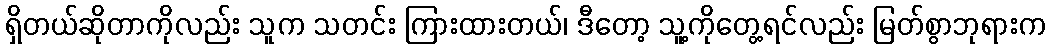
ရှိတယ်ဆိုတာကိုလည်း သူက သတင်း ကြားထားတယ်၊ ဒီတော့ သူ့ကိုတွေ့ရင်လည်း မြတ်စွာဘုရားက